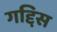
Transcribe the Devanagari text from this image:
गद्दिस